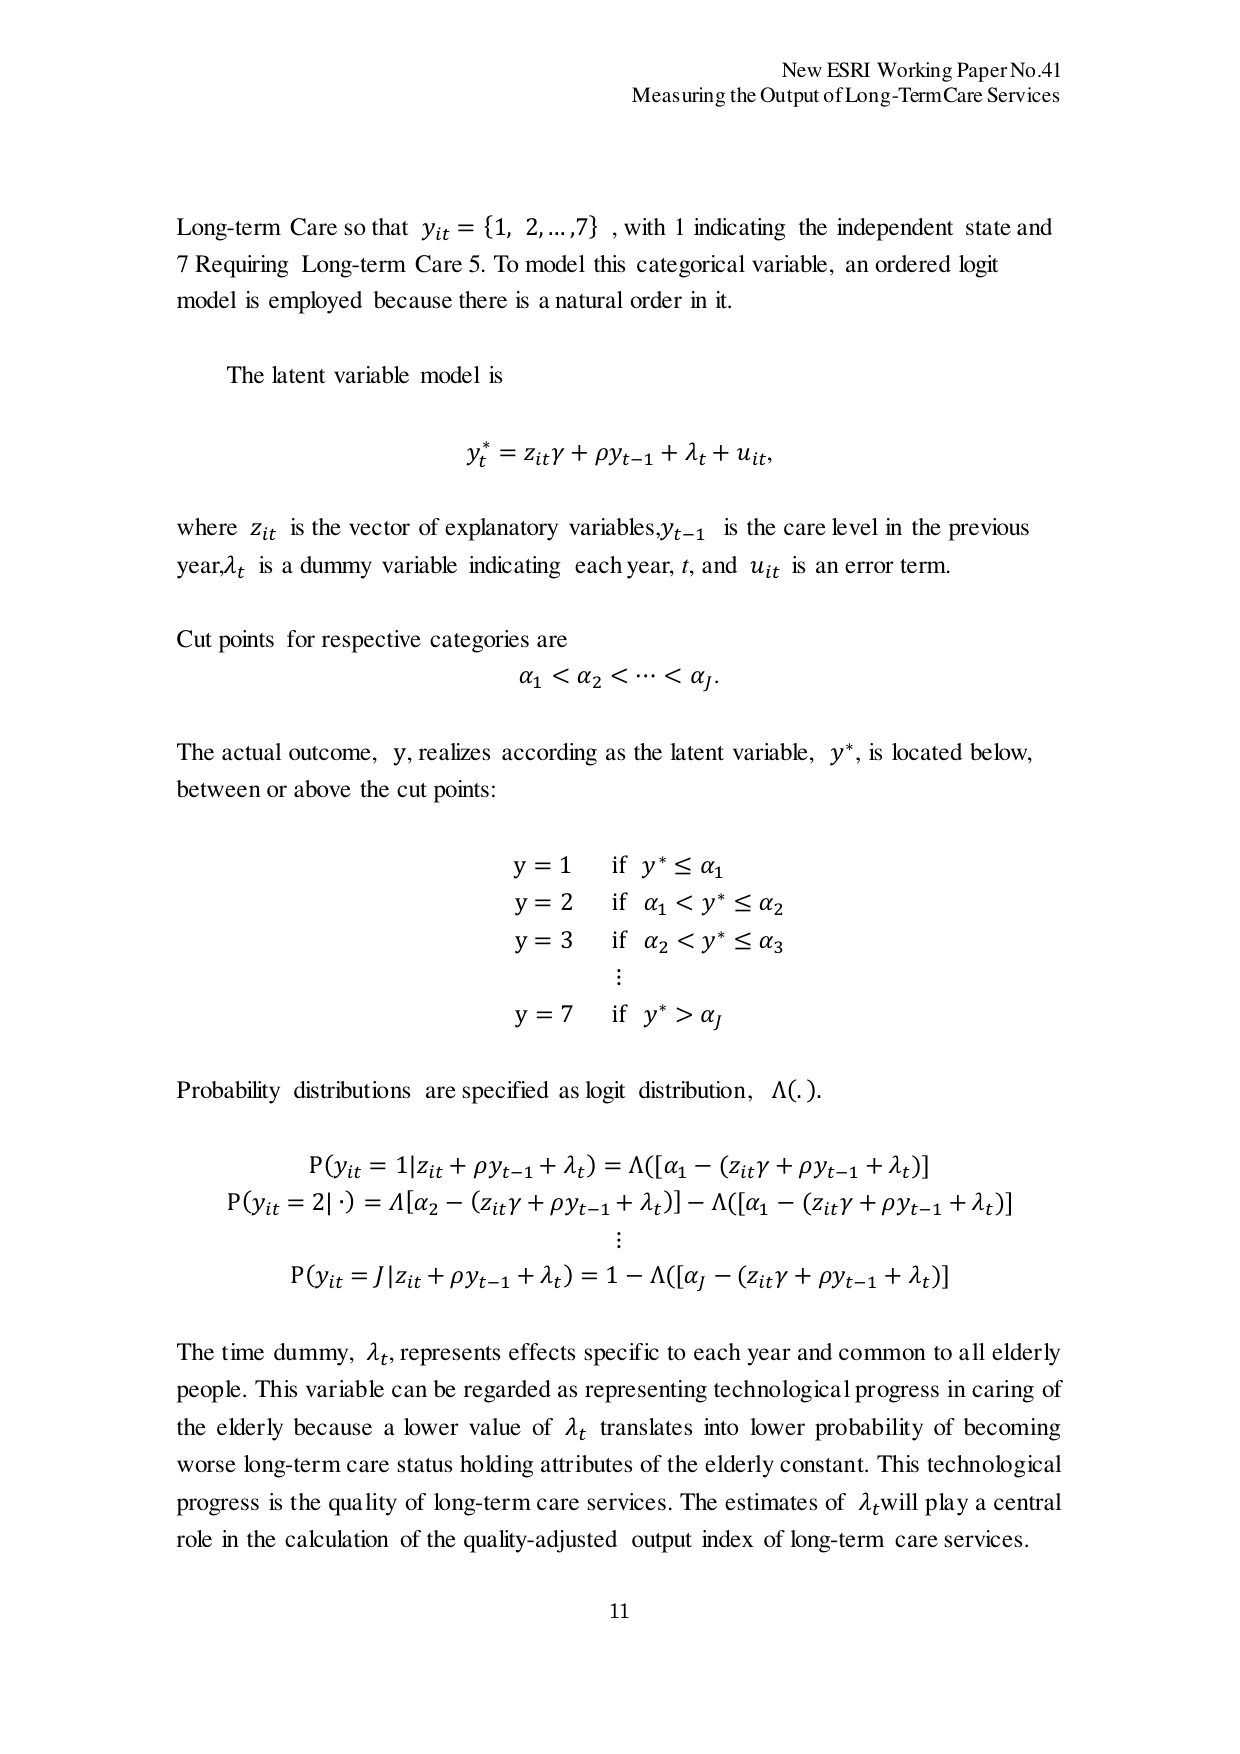
New ESRI Working Paper No.41
Measuring the Output of Long-Term Care Services

Long-term Care so that y_it = {1, 2,..., 7}, with 1 indicating the independent state and 7 Requiring Long-term Care 5. To model this categorical variable, an ordered logit model is employed because there is a natural order in it.

The latent variable model is

y_t^* = z_itγ + ρy_{t-1} + λ_t + u_it,

where z_it is the vector of explanatory variables, y_{t-1} is the care level in the previous year, λ_t is a dummy variable indicating each year, t, and u_it is an error term.

Cut points for respective categories are
α_1 < α_2 < ⋯ < α_j.

The actual outcome, y, realizes according as the latent variable, y^*, is located below, between or above the cut points:

y = 1    if y^* ≤ α_1
y = 2    if α_1 < y^* ≤ α_2
y = 3    if α_2 < y^* ≤ α_3
⋮
y = 7    if y^* > α_j

Probability distributions are specified as logit distribution, Λ(.).

P(y_it = 1 | z_it + ρy_{t-1} + λ_t) = Λ([α_1 - (z_itγ + ρy_{t-1} + λ_t)])
P(y_it = 2 | ⋅) = Λ[α_2 - (z_itγ + ρy_{t-1} + λ_t)] - Λ([α_1 - (z_itγ + ρy_{t-1} + λ_t)])
⋮
P(y_it = J | z_it + ρy_{t-1} + λ_t) = 1 - Λ([α_j - (z_itγ + ρy_{t-1} + λ_t)])

The time dummy, λ_t, represents effects specific to each year and common to all elderly people. This variable can be regarded as representing technological progress in caring of the elderly because a lower value of λ_t translates into lower probability of becoming worse long-term care status holding attributes of the elderly constant. This technological progress is the quality of long-term care services. The estimates of λ_t will play a central role in the calculation of the quality-adjusted output index of long-term care services.

11